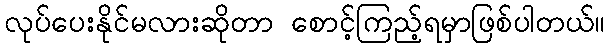
လုပ်ပေးနိုင်မလားဆိုတာ စောင့်ကြည့်ရမှာဖြစ်ပါတယ်။